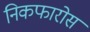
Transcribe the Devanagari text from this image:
निकफारोस